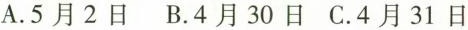
A.5月2日B.4月30日C.4月31日